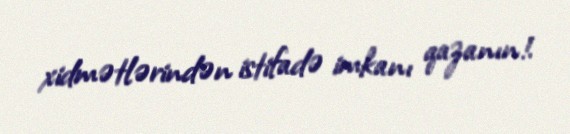
xidmətlərindən istifadə imkanı qazanın!.